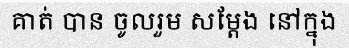
គាត់ បាន ចូលរួម សម្តែង នៅក្នុង